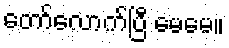
တော်လောက်ပြီ မေမေ။